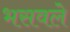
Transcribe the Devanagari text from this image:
भसवले